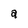
Character: a